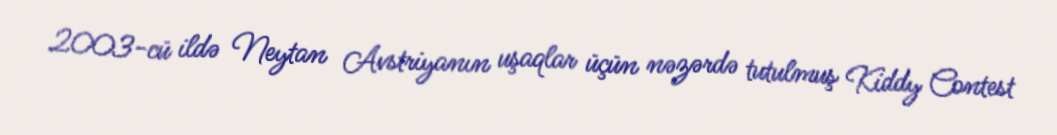
2003-cü ildə Neytan Avstriyanın uşaqlar üçün nəzərdə tutulmuş Kiddy Contest